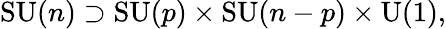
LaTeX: \operatorname{SU}(n)\supset\operatorname{SU}(p)\times\operatorname{SU}(n-p)\times\operatorname{U}(1),